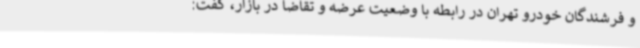
و فرشندگان خودرو تهران در رابطه با وضعیت عرضه و تقاضا در بازار، گفت: